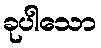
ခုပါသော